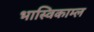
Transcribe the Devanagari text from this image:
भास्विकाम्ल